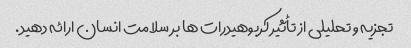
تجزیه و تحلیلی از تأثیر کربوهیدرات ها بر سلامت انسان ارائه دهید.